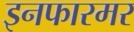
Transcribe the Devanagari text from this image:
इनफारमर